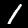
Digit: 1